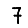
Digit: 7